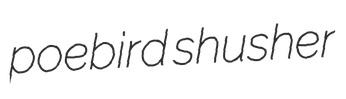
poebird shusher